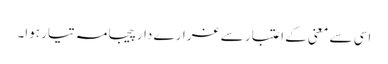
اسی سے معنی کے اعتبار سے غرارے دار پیجامہ تیار ہوا۔